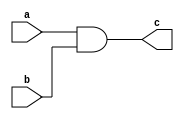
`timescale 1ns / 1ps
//////////////////////////////////////////////////////////////////////////////////
// Company: 
// Engineer: 
// 
// Design Name: 
// Module Name:    and_gate 
// Project Name: 
// Target Devices: 
// Tool versions: 
// Description: 
//
// Dependencies: 
//
// Revision: 
// Revision 0.01 - File Created
// Additional Comments: 
//
//////////////////////////////////////////////////////////////////////////////////
module and_gate(
    input a,b,
    output c
    );

assign c= a&b;

endmodule